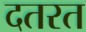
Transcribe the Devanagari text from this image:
दतरत